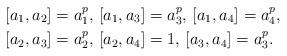
LaTeX: \begin{align*}& [a_1,a_2]=a_1^p, \, [a_1,a_3]=a_3^p, \, [a_1,a_4]=a_4^p,\\& [a_2,a_3]=a_2^p, \, [a_2,a_4]=1, \, [a_3,a_4]=a_3^p.\end{align*}